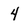
Character: 4